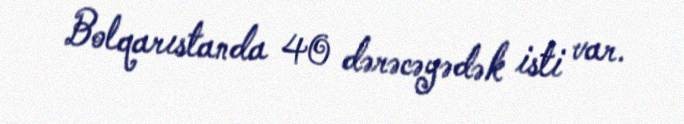
Bolqarıstanda 40 dərəcəyədək isti var.